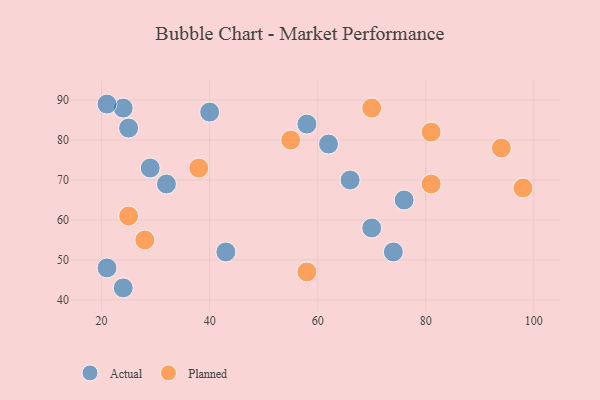
{"axis": {"x": "GDP", "y": "Life Expectancy"}, "legend": ["Actual", "Planned"], "data": [{"x": "21", "y": 48, "type": "Actual"}, {"x": "74", "y": 52, "type": "Actual"}, {"x": "24", "y": 88, "type": "Actual"}, {"x": "24", "y": 43, "type": "Actual"}, {"x": "76", "y": 65, "type": "Actual"}, {"x": "21", "y": 89, "type": "Actual"}, {"x": "66", "y": 70, "type": "Actual"}, {"x": "70", "y": 58, "type": "Actual"}, {"x": "58", "y": 84, "type": "Actual"}, {"x": "40", "y": 87, "type": "Actual"}, {"x": "62", "y": 79, "type": "Actual"}, {"x": "43", "y": 52, "type": "Actual"}, {"x": "29", "y": 73, "type": "Actual"}, {"x": "25", "y": 83, "type": "Actual"}, {"x": "32", "y": 69, "type": "Actual"}, {"x": "98", "y": 68, "type": "Planned"}, {"x": "81", "y": 82, "type": "Planned"}, {"x": "81", "y": 69, "type": "Planned"}, {"x": "94", "y": 78, "type": "Planned"}, {"x": "25", "y": 61, "type": "Planned"}, {"x": "38", "y": 73, "type": "Planned"}, {"x": "70", "y": 88, "type": "Planned"}, {"x": "28", "y": 55, "type": "Planned"}, {"x": "58", "y": 47, "type": "Planned"}, {"x": "55", "y": 80, "type": "Planned"}]}